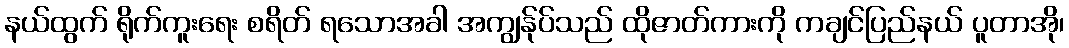
နယ်ထွက် ရိုက်ကူးရေး စရိတ် ရသောအခါ အကျွန်ုပ်သည် ထိုဇာတ်ကားကို ကချင်ပြည်နယ် ပူတာအို၊